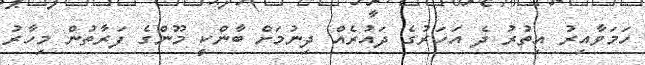
ހަމަވާއިރު އިތުރު ދެ އަހަރުގެ ދައުރެއް ދިނުމަށް ބާންކީ މޫންގެ ފަރާތުން މިހާރު